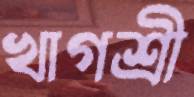
খাগশ্রী